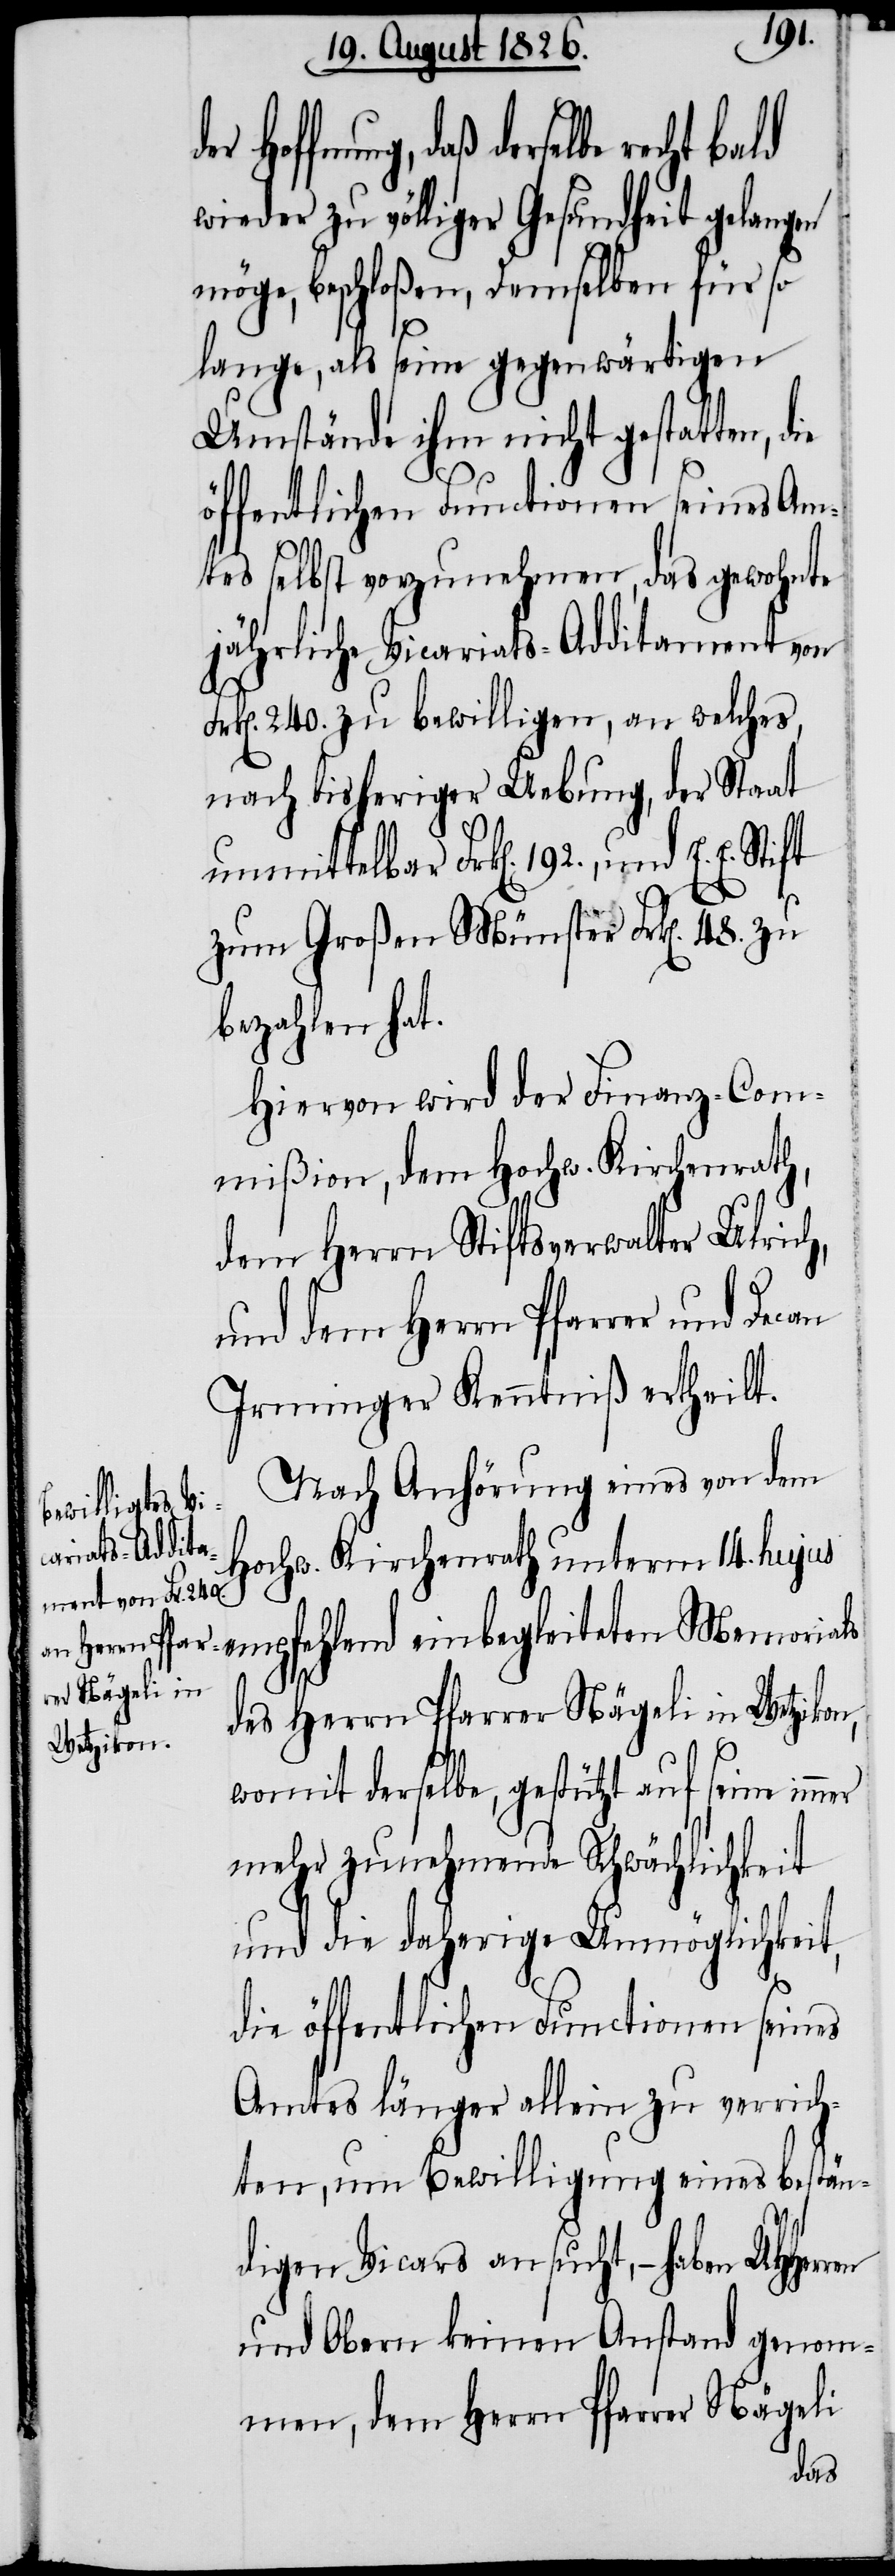
h,
Hoffnung, daß derselbe recht
wieder zu völliger Gesundheit gelangen
möge, beschloßen, Demselben für so
lange, als seine gegenwärtigen
Umstände ihm nicht gestatten,
öffentlichen Funktionen seines Am¬
tes selbst vorzunehmen, das gewohnte
jährliche Vicariats-Additament von
240. zu bewilligen, an welches,
nach bisheriger Uebung, der Staat
unmittelbar Frk[en]. 192., und
zum Großen Münster Frk[en]. 48.
bezahlen hat.
Hiervon wird der Finanz-Com¬
mißion, dem Hochw. Kirchenrath,
dem Herrn Stiftsverwalter Ulric¬
und dem Herrn Pfarrer und Decan
Irminger Kenntniß ertheilt.
Nach Anhörung eines von dem
Hochw. Kirchenrath unterm 14. hujus
empfehlend einbegleiteten Memorials
des Herrn Pfarrer Nägeli in Wetzikon,
womit derselbe, gestützt auf seine
mehr zunehmende Schwächlichkeit
und die daherige Unmöglichkeit,
die öffentlichen Functionen seines
Amtes länger allein zu verrich¬
ten, um Bewilligung eines bestän¬
digen Vicars ansucht, – haben
und Obern keinen Anstand genom¬
men, dem Herrn Pfarrer Nägeli